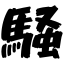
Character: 騒